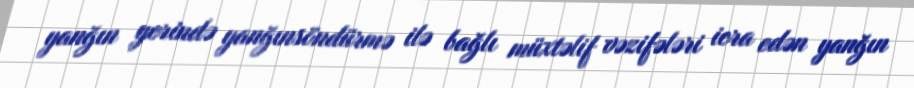
yanğın yerində yanğınsöndürmə ilə bağlı müxtəlif vəzifələri icra edən yanğın